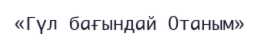
«Гүл бағындай Отаным»